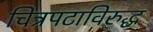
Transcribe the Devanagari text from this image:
चित्रपटाविरुद्ध